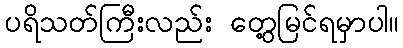
ပရိသတ်ကြီးလည်း တွေ့မြင်ရမှာပါ။